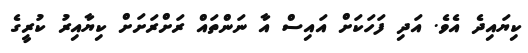
ކިޔައިދެ އެވެ. އަދި ފަހަކަށް އައިސް އާ ނަންތައް ރަށްރަށަށް ކިޔާއިރު ކުރީގެ